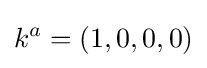
k^{a}=(1,0,0,0)